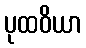
ပုထဝိယာ